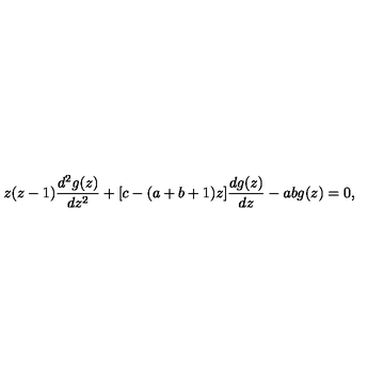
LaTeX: z ( z - 1 ) \frac { d ^ { 2 } g ( z ) } { d z ^ { 2 } } + [ c - ( a + b + 1 ) z ] \frac { d g ( z ) } { d z } - a b g ( z ) = 0 ,